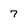
Character: 7